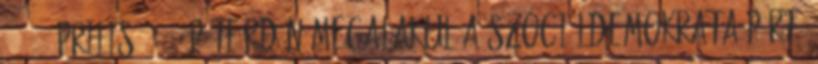
1945. április 26. – Pétfürdőn megalakul a Szociáldemokrata Párt.